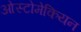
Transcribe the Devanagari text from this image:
ओस्टोमेकियन